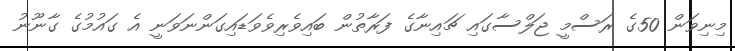
މިނިވަން 50ގެ ރަސްމީ ޖަލްސާގައި ޗައިނާގެ ފަރާތުން ބައިވެރިވެވަޑައިގަންނަވަނީ އެ ގައުމުގެ ގާނޫނު